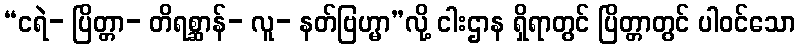
“ငရဲ- ပြိတ္တာ- တိရစ္ဆာန်- လူ- နတ်ဗြဟ္မာ”လို့ ငါးဌာန ရှိရာတွင် ပြိတ္တာတွင် ပါဝင်သော